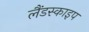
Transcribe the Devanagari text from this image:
लैंडस्काइप